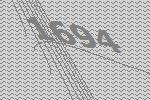
1694